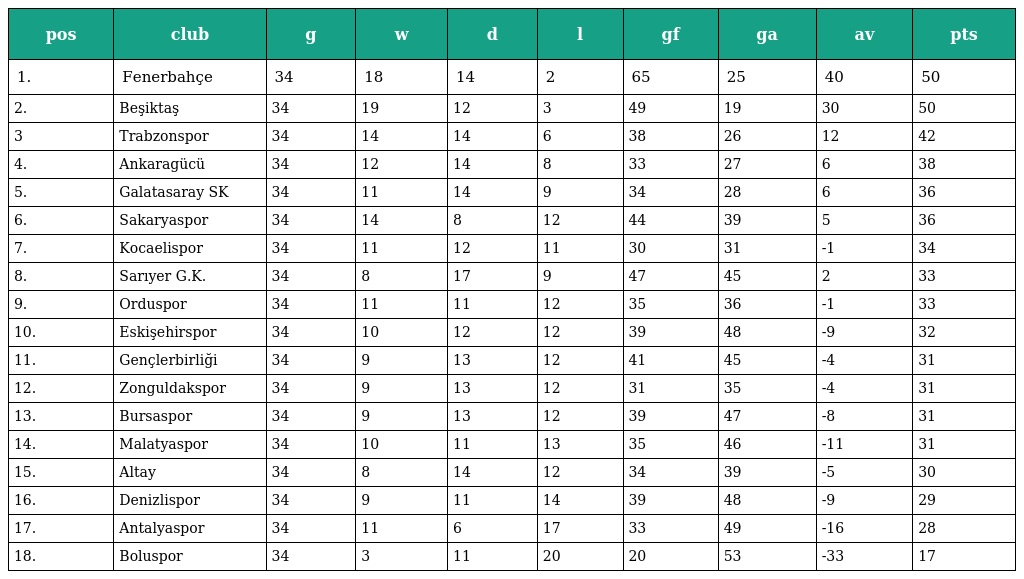
| pos | club | g | w | d | l | gf | ga | av | pts |
 | --- | --- | --- | --- | --- | --- | --- | --- | --- | --- |
 | 1. | Fenerbahçe | 34 | 18 | 14 | 2 | 65 | 25 | 40 | 50 |
 | 2. | Beşiktaş | 34 | 19 | 12 | 3 | 49 | 19 | 30 | 50 |
 | 3 | Trabzonspor | 34 | 14 | 14 | 6 | 38 | 26 | 12 | 42 |
 | 4. | Ankaragücü | 34 | 12 | 14 | 8 | 33 | 27 | 6 | 38 |
 | 5. | Galatasaray SK | 34 | 11 | 14 | 9 | 34 | 28 | 6 | 36 |
 | 6. | Sakaryaspor | 34 | 14 | 8 | 12 | 44 | 39 | 5 | 36 |
 | 7. | Kocaelispor | 34 | 11 | 12 | 11 | 30 | 31 | -1 | 34 |
 | 8. | Sarıyer G.K. | 34 | 8 | 17 | 9 | 47 | 45 | 2 | 33 |
 | 9. | Orduspor | 34 | 11 | 11 | 12 | 35 | 36 | -1 | 33 |
 | 10. | Eskişehirspor | 34 | 10 | 12 | 12 | 39 | 48 | -9 | 32 |
 | 11. | Gençlerbirliği | 34 | 9 | 13 | 12 | 41 | 45 | -4 | 31 |
 | 12. | Zonguldakspor | 34 | 9 | 13 | 12 | 31 | 35 | -4 | 31 |
 | 13. | Bursaspor | 34 | 9 | 13 | 12 | 39 | 47 | -8 | 31 |
 | 14. | Malatyaspor | 34 | 10 | 11 | 13 | 35 | 46 | -11 | 31 |
 | 15. | Altay | 34 | 8 | 14 | 12 | 34 | 39 | -5 | 30 |
 | 16. | Denizlispor | 34 | 9 | 11 | 14 | 39 | 48 | -9 | 29 |
 | 17. | Antalyaspor | 34 | 11 | 6 | 17 | 33 | 49 | -16 | 28 |
 | 18. | Boluspor | 34 | 3 | 11 | 20 | 20 | 53 | -33 | 17 |